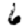
Digit: 6